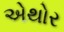
એથોર